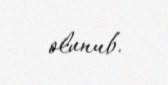
olunub.